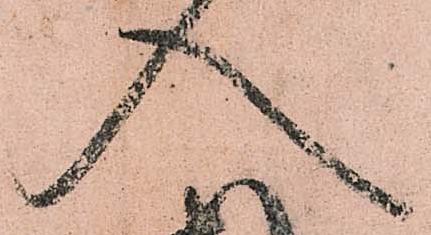
入